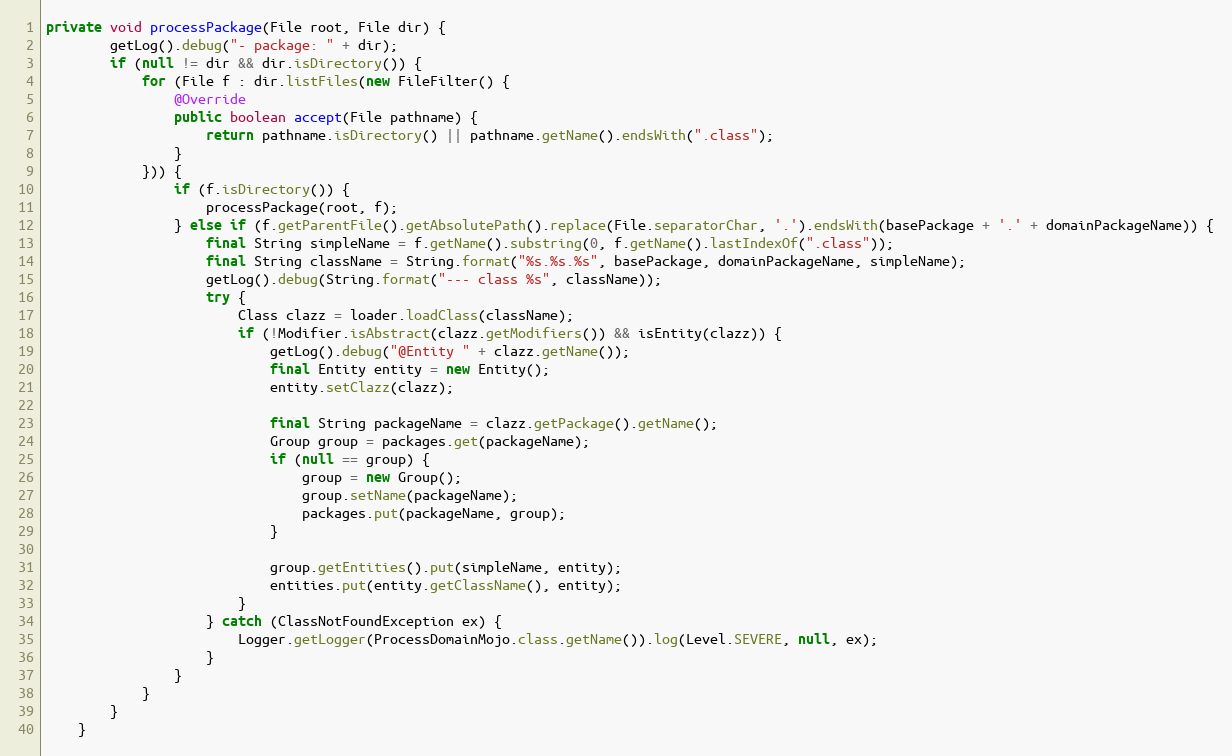
Language: Java
private void processPackage(File root, File dir) {
        getLog().debug("- package: " + dir);
        if (null != dir && dir.isDirectory()) {
            for (File f : dir.listFiles(new FileFilter() {
                @Override
                public boolean accept(File pathname) {
                    return pathname.isDirectory() || pathname.getName().endsWith(".class");
                }
            })) {
                if (f.isDirectory()) {
                    processPackage(root, f);
                } else if (f.getParentFile().getAbsolutePath().replace(File.separatorChar, '.').endsWith(basePackage + '.' + domainPackageName)) {
                    final String simpleName = f.getName().substring(0, f.getName().lastIndexOf(".class"));
                    final String className = String.format("%s.%s.%s", basePackage, domainPackageName, simpleName);
                    getLog().debug(String.format("--- class %s", className));
                    try {
                        Class clazz = loader.loadClass(className);
                        if (!Modifier.isAbstract(clazz.getModifiers()) && isEntity(clazz)) {
                            getLog().debug("@Entity " + clazz.getName());
                            final Entity entity = new Entity();
                            entity.setClazz(clazz);

                            final String packageName = clazz.getPackage().getName();
                            Group group = packages.get(packageName);
                            if (null == group) {
                                group = new Group();
                                group.setName(packageName);
                                packages.put(packageName, group);
                            }

                            group.getEntities().put(simpleName, entity);
                            entities.put(entity.getClassName(), entity);
                        }
                    } catch (ClassNotFoundException ex) {
                        Logger.getLogger(ProcessDomainMojo.class.getName()).log(Level.SEVERE, null, ex);
                    }
                }
            }
        }
    }